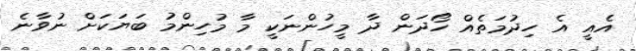
އެއީ އެ ހިދުމަތެެއް ހޯދަން ދާ މީހުންނަކީ މާ މުހިންމު ބަޔަކަށް ނުވާނެ